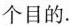
个目的.